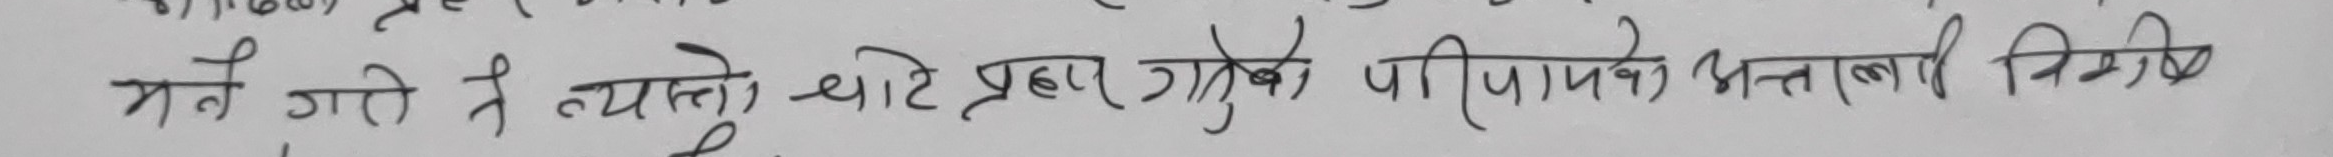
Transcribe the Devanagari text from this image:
भन्ने गरो ते त्यस्तो खाटे प्रहार गएको पीडाभाव वाहेक निर्भेग